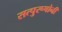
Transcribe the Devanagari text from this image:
सत्पुरूषोनी